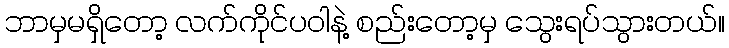
ဘာမှမရှိတော့ လက်ကိုင်ပဝါနဲ့ စည်းတော့မှ သွေးရပ်သွားတယ်။